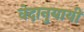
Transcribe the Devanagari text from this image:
वेदानुयायी